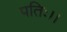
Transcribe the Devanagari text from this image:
पतिः।।